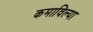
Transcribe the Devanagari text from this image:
कमाविल्या